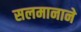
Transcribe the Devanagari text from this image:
सलमानाने